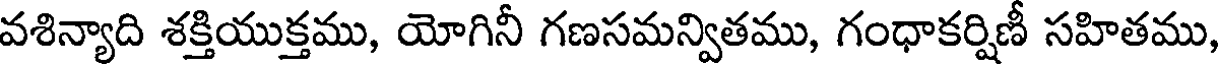
వశిన్యాది శక్తియుక్తము, యోగినీ గణసమన్వితము, గంధాకర్షిణీ సహితము,